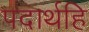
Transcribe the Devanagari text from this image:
पदार्थहि